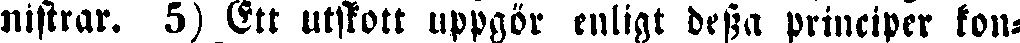
nistrar. 5) Ett utstött uppgör enligt dessa principer kon-